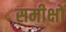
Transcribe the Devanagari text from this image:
समीक्षों